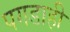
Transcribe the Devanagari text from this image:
पगडाही